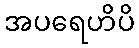
အပရေဟိပိ